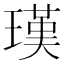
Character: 𤨢